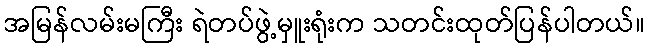
အမြန်လမ်းမကြီး ရဲတပ်ဖွဲ့မှူးရုံးက သတင်းထုတ်ပြန်ပါတယ်။